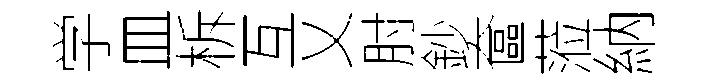
学皿柝互乂肘鈔奩蒞納